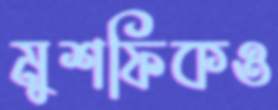
মুশফিকও